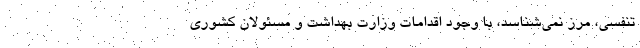
تنفسی، مرز نمی‌شناسد، با وجود اقدامات وزارت بهداشت و مسئولان کشوری